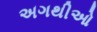
અગથીઓ